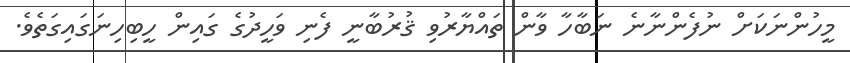
މީހުންނަކަށް ނުފެންނާނެ ނަބާހާ ވާން ތައްޔާރުވި ޤުރުބާނީ ފެނި ވަހީދުގެ ގައިން ހީބިހިނަގައިގަތެވެ.